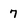
Character: 7